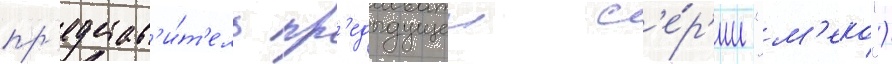
пр'едстав'и́т'ель пр'едыдущеи с'е́р'ии "м'еко")